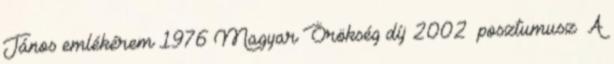
János emlékérem 1976 Magyar Örökség díj 2002 posztumusz A